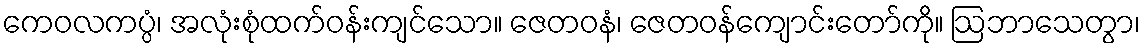
ကေဝလကပ္ပံ၊ အလုံးစုံထက်ဝန်းကျင်သော။ ဇေတဝနံ၊ ဇေတဝန်ကျောင်းတော်ကို။ ဩဘာသေတွာ၊